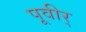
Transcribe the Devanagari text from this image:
पूवीर्